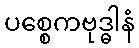
ပစ္စေကဗုဒ္ဓါနံ